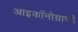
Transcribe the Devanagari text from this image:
आइकॉनोग्राफी